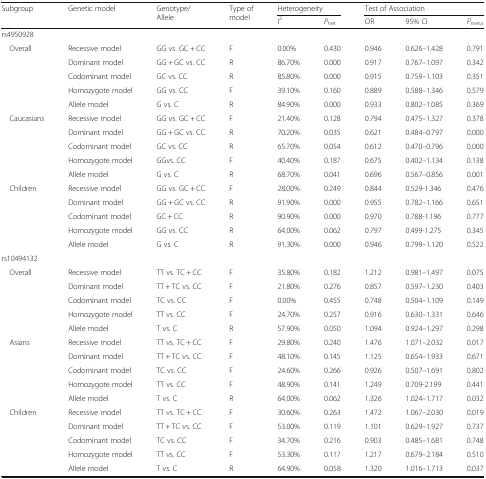
<table><thead><tr><td rowspan="2"><b>Subgroup</b></td><td rowspan="2"><b>Genetic model</b></td><td rowspan="2"><b>Genotype/Allele</b></td><td rowspan="2"><b>Type of model</b></td><td colspan="2"><b>Heterogeneity</b></td><td colspan="3"><b>Test of Association</b></td></tr><tr><td><b>I<sup>2</sup></b></td><td><b><i>P</i><sub>het</sub></b></td><td><b>OR</b></td><td><b>95% CI</b></td><td><b><i>P</i><sub>meta</sub></b></td></tr></thead><tbody><tr><td colspan="9">rs4950928</td></tr><tr><td rowspan="5"> Overall</td><td>Recessive model</td><td>GG vs. GC + CC</td><td>F</td><td>0.00%</td><td>0.430</td><td>0.946</td><td>0.626–1.428</td><td>0.791</td></tr><tr><td>Dominant model</td><td>GG + GC vs. CC</td><td>R</td><td>86.70%</td><td>0.000</td><td>0.917</td><td>0.767–1.097</td><td>0.342</td></tr><tr><td>Codominant model</td><td>GC vs. CC</td><td>R</td><td>85.80%</td><td>0.000</td><td>0.915</td><td>0.759–1.103</td><td>0.351</td></tr><tr><td>Homozygote model</td><td>GG vs. CC</td><td>F</td><td>39.10%</td><td>0.160</td><td>0.889</td><td>0.588–1.346</td><td>0.579</td></tr><tr><td>Allele model</td><td>G vs. C</td><td>R</td><td>84.90%</td><td>0.000</td><td>0.933</td><td>0.802–1.085</td><td>0.369</td></tr><tr><td rowspan="5"> Caucasians</td><td>Recessive model</td><td>GG vs. GC + CC</td><td>F</td><td>21.40%</td><td>0.128</td><td>0.794</td><td>0.475–1.327</td><td>0.378</td></tr><tr><td>Dominant model</td><td>GG + GC vs. CC</td><td>R</td><td>70.20%</td><td>0.035</td><td>0.621</td><td>0.484–0.797</td><td>0.000</td></tr><tr><td>Codominant model</td><td>GC vs. CC</td><td>R</td><td>65.70%</td><td>0.054</td><td>0.612</td><td>0.470–0.796</td><td>0.000</td></tr><tr><td>Homozygote model</td><td>GGvs. CC</td><td>F</td><td>40.40%</td><td>0.187</td><td>0.675</td><td>0.402–1.134</td><td>0.138</td></tr><tr><td>Allele model</td><td>G vs. C</td><td>R</td><td>68.70%</td><td>0.041</td><td>0.696</td><td>0.567–0.856</td><td>0.001</td></tr><tr><td rowspan="5"> Children</td><td>Recessive model</td><td>GG vs. GC + CC</td><td>F</td><td>28.00%</td><td>0.249</td><td>0.844</td><td>0.529-1.346</td><td>0.476</td></tr><tr><td>Dominant model</td><td>GG + GC vs. CC</td><td>R</td><td>91.90%</td><td>0.000</td><td>0.955</td><td>0.782–1.166</td><td>0.651</td></tr><tr><td>Codominant model</td><td>GC + CC</td><td>R</td><td>90.90%</td><td>0.000</td><td>0.970</td><td>0.788-1.196</td><td>0.777</td></tr><tr><td>Homozygote model</td><td>GG vs. CC</td><td>R</td><td>64.00%</td><td>0.062</td><td>0.797</td><td>0.499-1.275</td><td>0.345</td></tr><tr><td>Allele model</td><td>G vs. C</td><td>R</td><td>91.30%</td><td>0.000</td><td>0.946</td><td>0.799–1.120</td><td>0.522</td></tr><tr><td colspan="9">rs10494132</td></tr><tr><td rowspan="5"> Overall</td><td>Recessive model</td><td>TT vs. TC + CC</td><td>F</td><td>35.80%</td><td>0.182</td><td>1.212</td><td>0.981–1.497</td><td>0.075</td></tr><tr><td>Dominant model</td><td>TT + TC vs. CC</td><td>F</td><td>21.80%</td><td>0.276</td><td>0.857</td><td>0.597–1.230</td><td>0.403</td></tr><tr><td>Codominant model</td><td>TC vs. CC</td><td>F</td><td>0.00%</td><td>0.455</td><td>0.748</td><td>0.504–1.109</td><td>0.149</td></tr><tr><td>Homozygote model</td><td>TT vs. CC</td><td>F</td><td>24.70%</td><td>0.257</td><td>0.916</td><td>0.630–1.331</td><td>0.646</td></tr><tr><td>Allele model</td><td>T vs. C</td><td>R</td><td>57.90%</td><td>0.050</td><td>1.094</td><td>0.924–1.297</td><td>0.298</td></tr><tr><td rowspan="4"> Asians</td><td>Recessive model</td><td>TT vs. TC + CC</td><td>F</td><td>29.80%</td><td>0.240</td><td>1.476</td><td>1.071–2.032</td><td>0.017</td></tr><tr><td>Dominant model</td><td>TT + TC vs. CC</td><td>F</td><td>48.10%</td><td>0.145</td><td>1.125</td><td>0.654–1.933</td><td>0.671</td></tr><tr><td>Codominant model</td><td>TC vs. CC</td><td>F</td><td>24.60%</td><td>0.266</td><td>0.926</td><td>0.507–1.691</td><td>0.802</td></tr><tr><td>Homozygote model</td><td>TT vs. CC</td><td>F</td><td>48.90%</td><td>0.141</td><td>1.249</td><td>0.709-2.199</td><td>0.441</td></tr><tr><td></td><td>Allele model</td><td>T vs. C</td><td>R</td><td>64.00%</td><td>0.062</td><td>1.326</td><td>1.024–1.717</td><td>0.032</td></tr><tr><td rowspan="5"> Children</td><td>Recessive model</td><td>TT vs. TC + CC</td><td>F</td><td>30.60%</td><td>0.263</td><td>1.472</td><td>1.067–2.030</td><td>0.019</td></tr><tr><td>Dominant model</td><td>TT + TC vs. CC</td><td>F</td><td>53.00%</td><td>0.119</td><td>1.101</td><td>0.629–1.927</td><td>0.737</td></tr><tr><td>Codominant model</td><td>TC vs. CC</td><td>F</td><td>34.70%</td><td>0.216</td><td>0.903</td><td>0.485–1.681</td><td>0.748</td></tr><tr><td>Homozygote model</td><td>TT vs. CC</td><td>F</td><td>53.30%</td><td>0.117</td><td>1.217</td><td>0.679–2.184</td><td>0.510</td></tr><tr><td>Allele model</td><td>T vs. C</td><td>R</td><td>64.90%</td><td>0.058</td><td>1.320</td><td>1.016–1.713</td><td>0.037</td></tr></tbody></table>